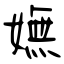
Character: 嫵